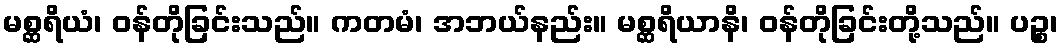
မစ္ဆရိယံ၊ ဝန်တိုခြင်းသည်။ ကတမံ၊ အဘယ်နည်း။ မစ္ဆရိယာနိ၊ ဝန်တိုခြင်းတို့သည်။ ပဉ္စ၊